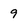
Character: 9